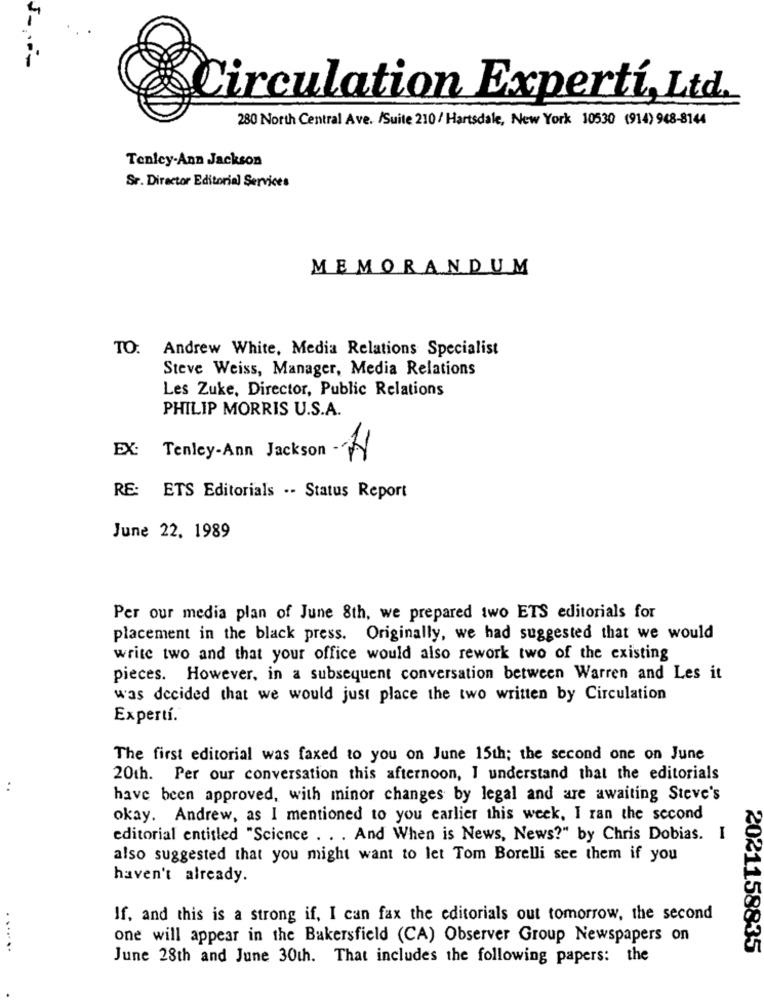
Circulation Experti, Ltd.
280 North Central Ave. /Suite 210/ Hartsdale, New York 10530 (914) 968-8144
Tenley-Ann Jackson
Sr. Director Editorial Services
MEMORANDUM
TO: Andrew White, Media Relations Specialist
Steve Weiss, Manager, Media Relations
Les Zuke, Director, Public Relations
PHILIP MORRIS U.S.A.
EX:
Tenley-Ann Jackson -N
RE:
ETS Editorials .- Status Report
June 22. 1989
Per our media plan of June 8th, we prepared two ETS editorials for
placement in the black press. Originally, we had suggested that we would
write two and that your office would also rework two of the existing
pieces. However, in a subsequent conversation between Warren and Les it
was decided that we would just place the two written by Circulation
Expertí.
The first editorial was faxed to you on June 15th; the second one on June
20th. Per our conversation this afternoon, I understand that the editorials
..
have been approved, with minor changes by legal and are awaiting Steve's
okay. Andrew, as I mentioned to you earlier this week, I ran the second
editorial entitled "Science . . . And When is News, News?" by Chris Dobias. I
also suggested that you might want to let Tom Borelli see them if you
haven't already.
If, and this is a strong if, I can fax the editorials out tomorrow, the second
one will appear in the Bakersfield (CA) Observer Group Newspapers on
. ......
<021158835
June 28th and June 30th. That includes the following papers: the